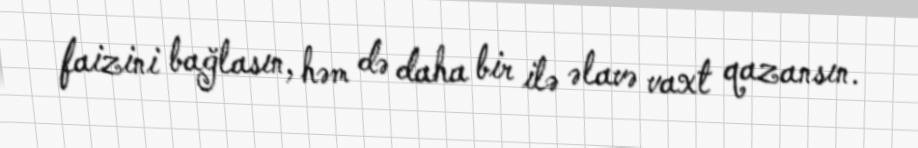
faizini bağlasın, həm də daha bir ilə əlavə vaxt qazansın.